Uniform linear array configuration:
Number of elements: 8
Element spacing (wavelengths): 0.5
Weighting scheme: uniform
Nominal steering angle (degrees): -15
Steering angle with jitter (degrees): -16.821
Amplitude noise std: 0.05
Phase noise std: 0.05

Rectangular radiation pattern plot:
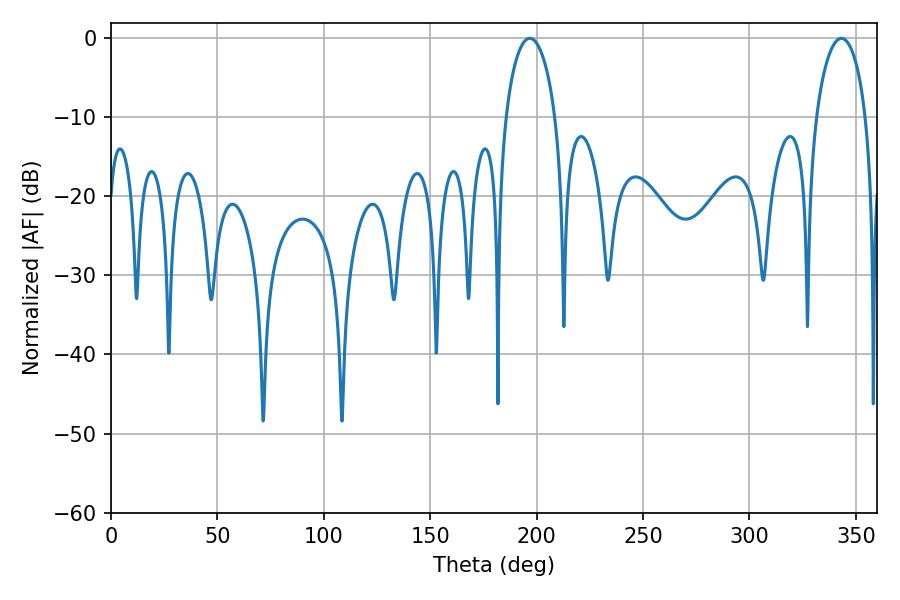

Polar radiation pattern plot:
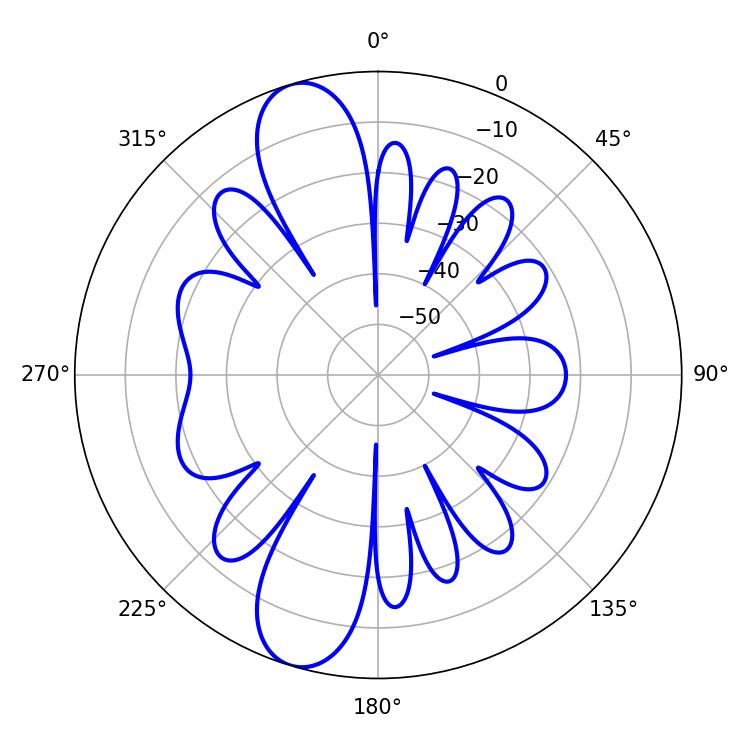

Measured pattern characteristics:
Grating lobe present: FALSE
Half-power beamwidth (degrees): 13.32
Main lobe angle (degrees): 196.74